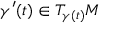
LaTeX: \gamma ^ { \prime } ( t ) \in T _ { \gamma ( t ) } M